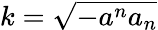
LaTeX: k=\sqrt{-a^{n}a_{n}}